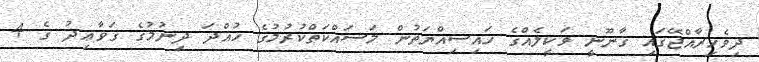
ދިވެހިރާއްޖޭގައި ޤާނޫނީ ވަކީލެއްގެ ހައިސިއްޔަތުން މަސައްކަތްކުރުމުގެ ހުއްދަ ދިނުމުގެ ޤަވާޢިދު ގެ 4